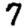
Digit: 7